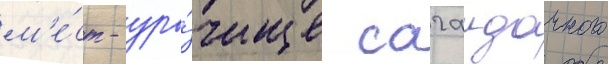
м'е́ст - уро́чище сагаидачного